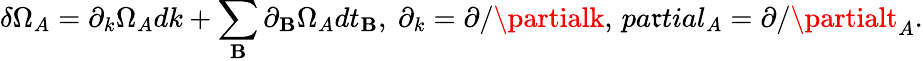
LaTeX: \delta\Omega_{A}=\partial_{k}\Omega_{A}dk+\sum_{\mathbf{B}}\partial_{\mathbf{B}}\Omega_{A}dt_{\mathbf{B}},\ \partial_{k}=\partial/\partialk,\, pa\mathfrak{r}tial_{A}=\partial/\partialt_{A}.